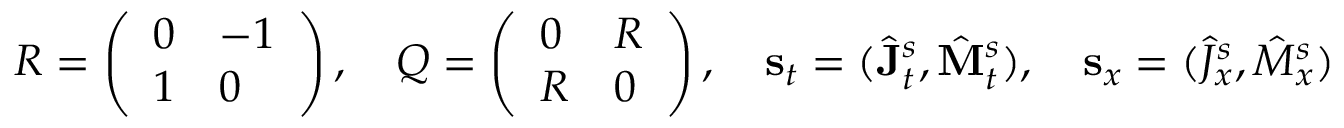
R = \left( \begin{array} { l l } { 0 } & { - 1 } \\ { 1 } & { 0 } \end{array} \right) , \quad Q = \left( \begin{array} { l l } { 0 } & { R } \\ { R } & { 0 } \end{array} \right) , \quad \mathbf { s } _ { t } = ( \hat { \mathbf { J } } _ { t } ^ { s } , \hat { \mathbf { M } } _ { t } ^ { s } ) , \quad \mathbf { s } _ { x } = ( \hat { J } _ { x } ^ { s } , \hat { M } _ { x } ^ { s } )